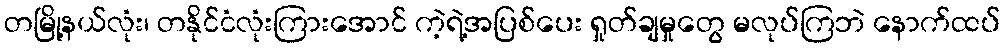
တမြို့နယ်လုံး၊ တနိုင်ငံလုံးကြားအောင် ကဲ့ရဲ့အပြစ်ပေး ရှုတ်ချမှုတွေ မလုပ်ကြဘဲ နောက်ထပ်